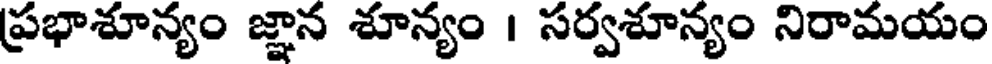
ప్రభాశూన్యం జ్ఞాన శూన్యం । సర్వశూన్యం నిరామయం